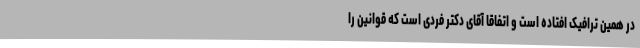
در همین ترافیک افتاده است و اتفاقا آقای دکتر فردی است که قوانین را